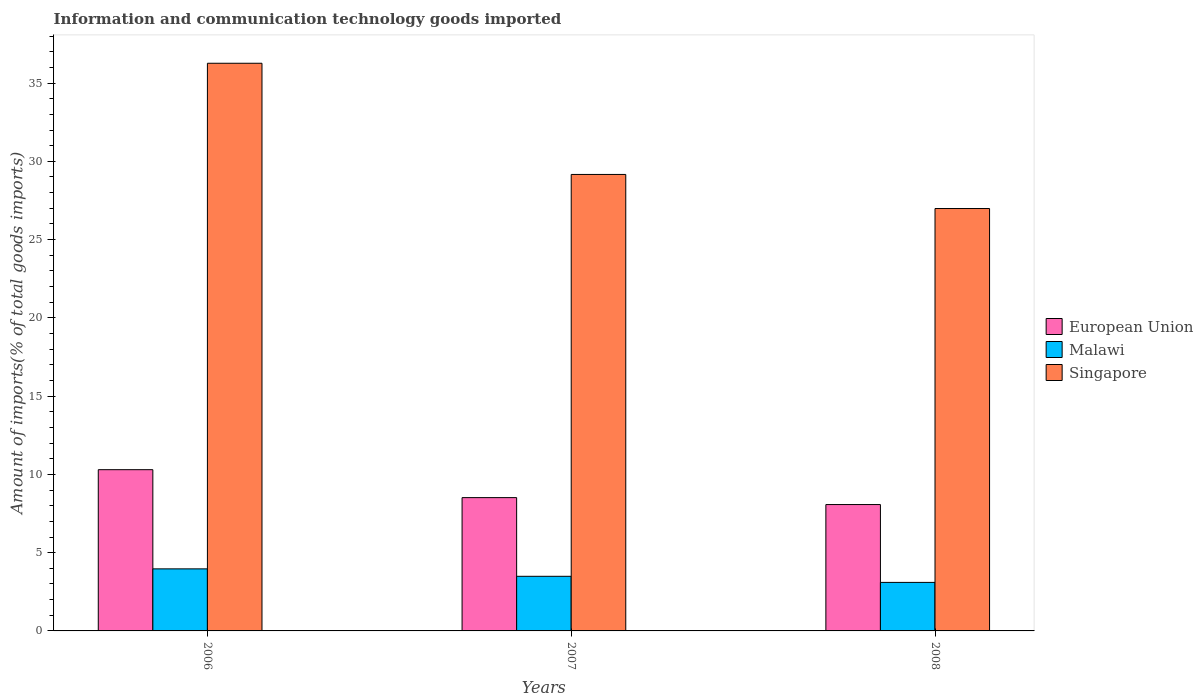
| Years | European Union | Malawi | Singapore |
 | --- | --- | --- | --- |
 | 2006 | 10.3 | 3.96 | 36.3 |
 | 2007 | 8.52 | 3.49 | 29.2 |
 | 2008 | 8.07 | 3.1 | 27 |